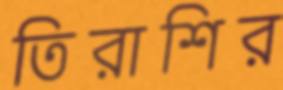
তিরাশির